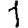
Digit: 1